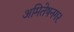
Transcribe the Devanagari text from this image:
अमितेषनगर